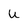
Character: u